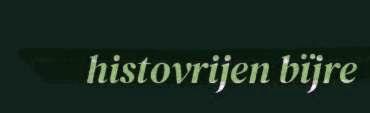
histovrijen bïjre